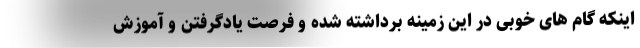
اینکه گام های خوبی در این زمینه برداشته شده و فرصت یادگرفتن و آموزش